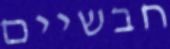
חבשיים